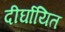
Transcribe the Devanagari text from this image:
दीर्घायित